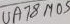
Text: UA78M05